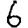
Digit: 6